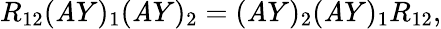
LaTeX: R_{12}(\mathit{A}Y)_{1}(\mathit{A}Y)_{2}=(\mathit{A}Y)_{2}(\mathit{A}Y)_{1}R_{12},